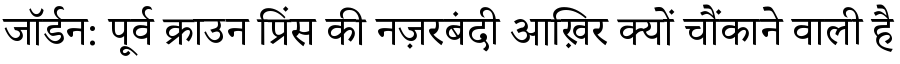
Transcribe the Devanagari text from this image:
जॉर्डन: पूर्व क्राउन प्रिंस की नज़रबंदी आख़िर क्यों चौंकाने वाली है